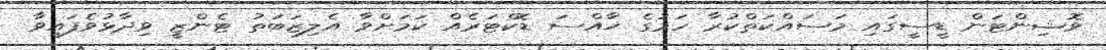
ވޮޝިންޓަން ޑީސީގައި މަސައްކަތްކުރާ ހަމުގެ ޚާއްސަ ޑޮކްޓަރެއް ކަމަށްވާ އެލިޒަބަތު ޓެންޒީ ވިދާޅުވެފައިވާ